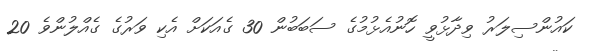
ކައުންސިލަރު ވިދާޅުވީ ހޮނުއެޅުމުގެ ސަބަބުން 30 ގެއަކަށް އެކި ވަރުގެ ގެއްލުންވެ 20